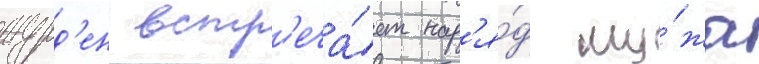
журд'ен встр'еча́ет нар'я́д му́жа